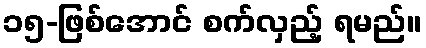
၁၅-ဖြစ်အောင် စက်လှည့် ရမည်။